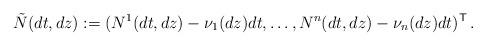
LaTeX: \begin{align*}\tilde N(d t, d z):=(N^1(d t, d z)-\nu_1(d z)dt, \dots, N^n(d t, d z)-\nu_n(d z)dt)^{\mathsf T} \, .\end{align*}